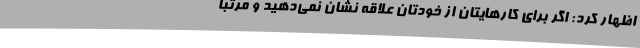
اظهار کرد: اگر برای کارهایتان از خودتان علاقه نشان نمی‌دهید و مرتبا